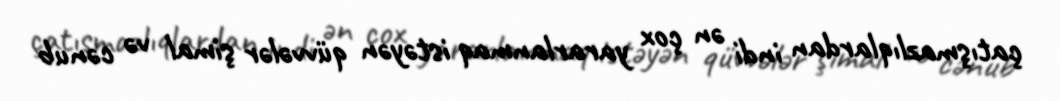
çatışmazlıqlardan indi ən çox yararlanmaq istəyən qüvvələr şimal və cənub